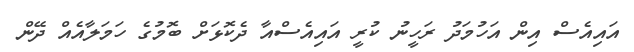
އައިއެސް އިން އަހުމަދު ރަހީނު ކުރީ އައިއެސްއާ ދެކޮޅަށް ބޮމުގެ ހަމަލާއެއް ދޭން